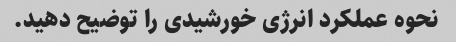
نحوه عملکرد انرژی خورشیدی را توضیح دهید.